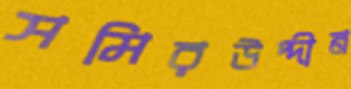
সমিরউদ্দীন